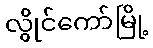
လွိုင်ကော်မြို့